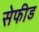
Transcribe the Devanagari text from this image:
सेफीड